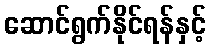
ဆောင်ရွက်နိုင်ရန်နှင့်